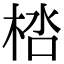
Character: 𣒩